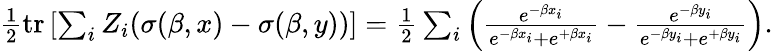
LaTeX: \begin{array}{r}{\frac{1}{2}\operatorname{tr}\left[\sum_{i}Z_{i}(\sigma(\beta,x)-\sigma(\beta,y))\right]=\frac{1}{2}\sum_{i}\left(\frac{e^{-\beta x_{i}}}{e^{-\beta x_{i}}+e^{+\beta x_{i}}}-\frac{e^{-\beta y_{i}}}{e^{-\beta y_{i}}+e^{+\beta y_{i}}}\right).}\end{array}